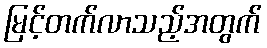
မြင့်တက်လာသည့်အတွက်